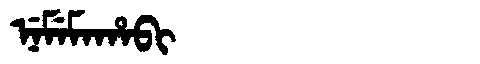
Manchu: ᠨᡝᠮᡝᠮᠠᡥᠠᠪᡳ
Romanization: NEMEMAHABI